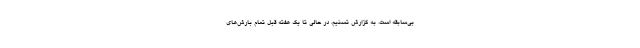
بی‌سابقه است. به گزارش تسنیم، در حالی تا یک هفته قبل تمام بارش‌های